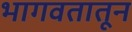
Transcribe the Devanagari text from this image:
भागवतातून